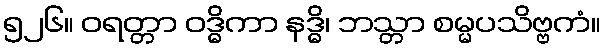
၅၂၆။ ဝရတ္တာ ဝဒ္ဓိကာ နဒ္ဓိ၊ ဘသ္တာ စမ္မပသိဗ္ဗကံ။